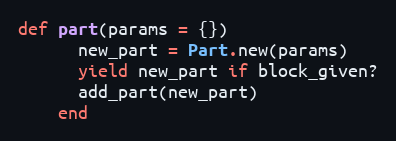
Language: Ruby
def part(params = {})
      new_part = Part.new(params)
      yield new_part if block_given?
      add_part(new_part)
    end